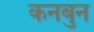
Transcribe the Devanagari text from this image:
कनबुन